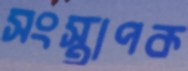
সংস্থাপক